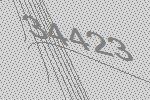
34423